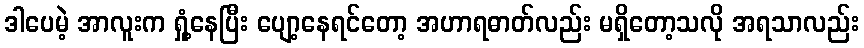
ဒါပေမဲ့ အာလူးက ရှုံ့နေပြီး ပျော့နေရင်တော့ အဟာရဓာတ်လည်း မရှိတော့သလို အရသာလည်း